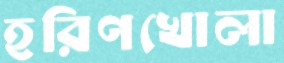
হরিণখোলা